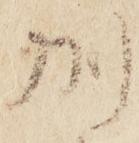
州